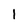
Character: I